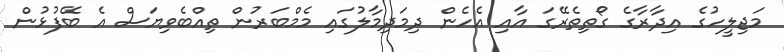
މަޖިލީހުގެ އިދާރާގެ ގޯތިތެރޭގަ އާއި އެހެން ދިމަދިމާލުގައި މެމްބަރުން ތިއްބެވިޔަސް އެ ބޭފުޅުން